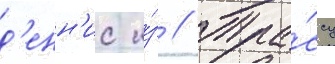
д'енн'ис и́з // Тра́ссу